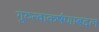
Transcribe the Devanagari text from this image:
गुरुत्वाकर्षणाबद्दल